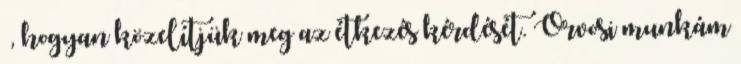
–, hogyan közelítjük meg az étkezés kérdését. Orvosi munkám